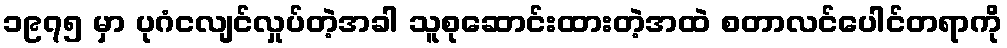
၁၉၇၅ မှာ ပုဂံငလျင်လှုပ်တဲ့အခါ သူစုဆောင်းထားတဲ့အထဲ စတာလင်ပေါင်တရာကို